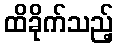
ထိခိုက်သည့်